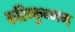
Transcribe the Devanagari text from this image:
करिम्कुन्नम्